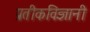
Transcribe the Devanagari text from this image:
प्रतीकविज्ञानी